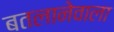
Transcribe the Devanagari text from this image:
बतलानेवाला